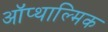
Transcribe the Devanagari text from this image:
ऑप्थाल्मिक